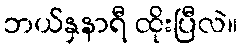
ဘယ်နှနာရီ ထိုးပြီလဲ။